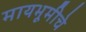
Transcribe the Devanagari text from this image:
मायभूमीचे